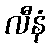
လီနံ